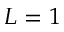
L = 1